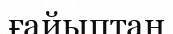
ғайыптан